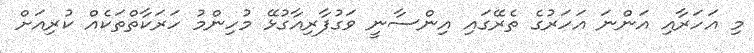
މި އަހަރާއި އަންނަ އަހަރުގެ ތެރޭގައި އިންސާނީ ވަގުފާރިއާގުޅޭ މުހިންމު ހަރަކާތްތަކެއް ކުރިއަށް